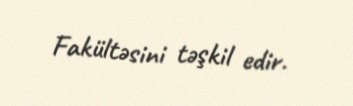
Fakültəsini təşkil edir.